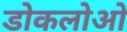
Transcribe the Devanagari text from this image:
डोकलोओ